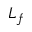
L _ { f }